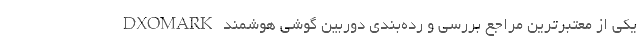
DXOMARK یکی از معتبرترین مراجع بررسی و رده‌بندی دوربین گوشی هوشمند